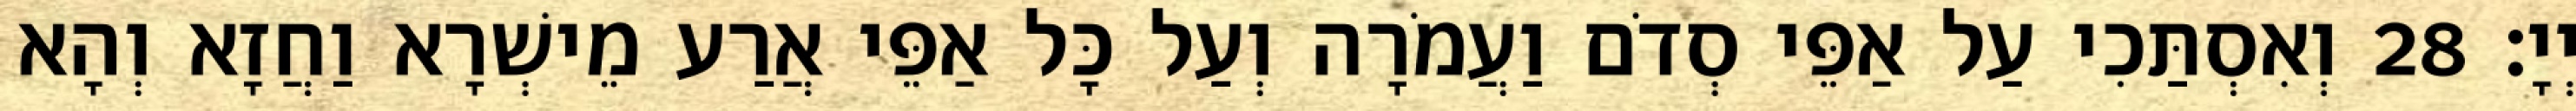
יְיָ׃ 28 וְאִסְתַּכִי עַל אַפֵּי סְדֹם וַעֲמֹרָה וְעַל כָּל אַפֵּי אֲרַע מֵישְׁרָא וַחֲזָא וְהָא